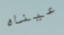
عيناه